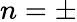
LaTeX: n=\pm